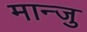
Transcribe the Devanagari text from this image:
मान्जु